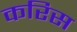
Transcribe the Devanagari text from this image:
करिस